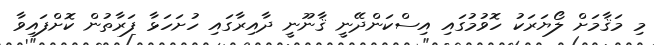
މި މަޤާމަށް ލޯޔަރަކު ހޮވުމުގައި އިސްކަންދޭނީ ޤާނޫނީ ދާއިރާގައި ހުށަހަޅާ ފަރާތުން ކޮށްފައިވާ